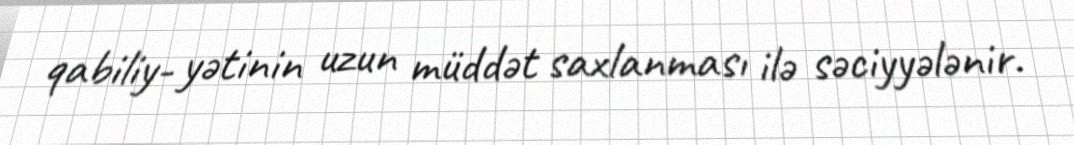
qabiliy- yətinin uzun müddət saxlanması ilə səciyyələnir.